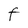
Character: F